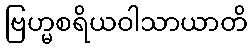
ဗြဟ္မစရိယဝါသာယာတိ